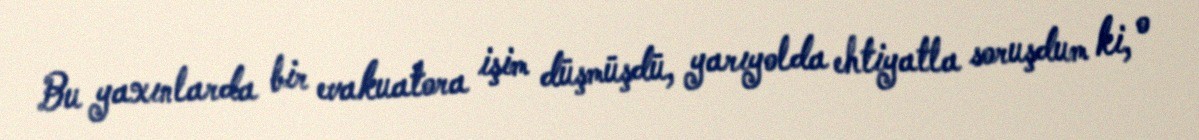
Bu yaxınlarda bir evakuatora işim düşmüşdü, yarıyolda ehtiyatla soruşdum ki, o